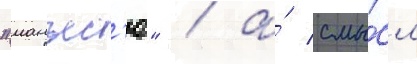
"манъес'ю" / а́ смы́сл